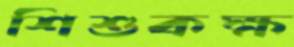
শিশুকক্ষ